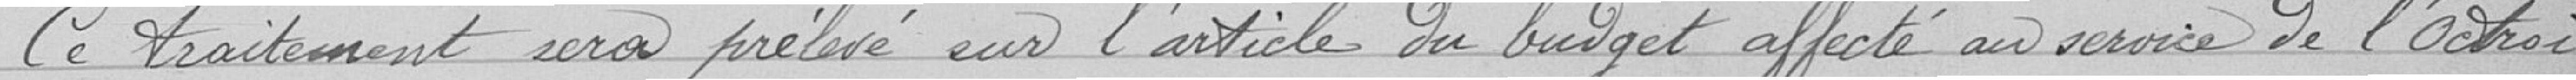
Vu l'avis de la Commission des travaux,